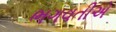
ભગવતીએ